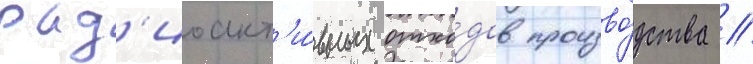
рад'иоакт'и́вных отхо́дов произво́дства //